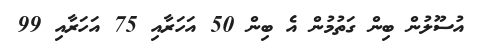
އުސޫލުން ބިން ގަތުމުން އެ ބިން 50 އަހަރާއި 75 އަހަރާއި 99